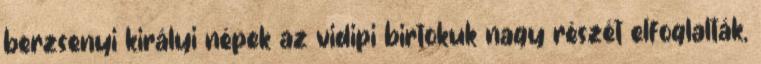
berzsenyi királyi népek az vidipi birtokuk nagy részét elfoglalták,